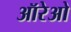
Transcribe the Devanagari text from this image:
ऑरेओ